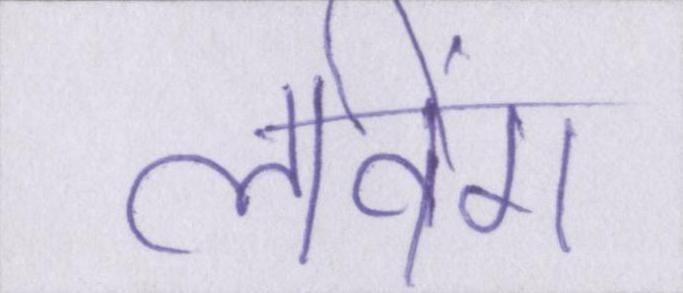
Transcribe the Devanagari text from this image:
लविंग